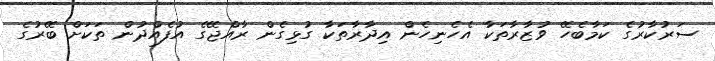
ސަރުކާރުގެ ކަމާބެހޭ ވުޒާރާތަކާ އެހެނިހެން އިދާރާތަކާ ގުޅިގެން ރާއްޖޭގެ އުފެއްދުން ތަކަށް ބޭރުގެ